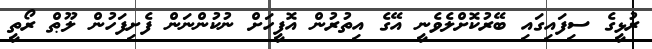
ރުޅީގެ ސިފައިގައި ބޭރުކޮށްލެވެނީ އޭގެ އިތުރުން އޮފީހަށް ނުކުންނަން ފެށިފަހުން ލޫޠް ރޯތީ